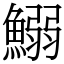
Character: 鰯